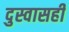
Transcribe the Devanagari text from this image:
दुस्वासही